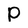
Character: p